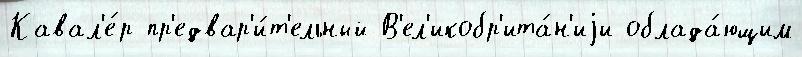
Кавал'е́р пр'едвар'и́т'ельный В'ел'икобр'ита́н'иjи облада́ющим